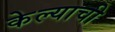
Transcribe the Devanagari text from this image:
केेल्याची